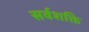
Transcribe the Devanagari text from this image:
सर्वशक्ति